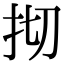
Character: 𢪃